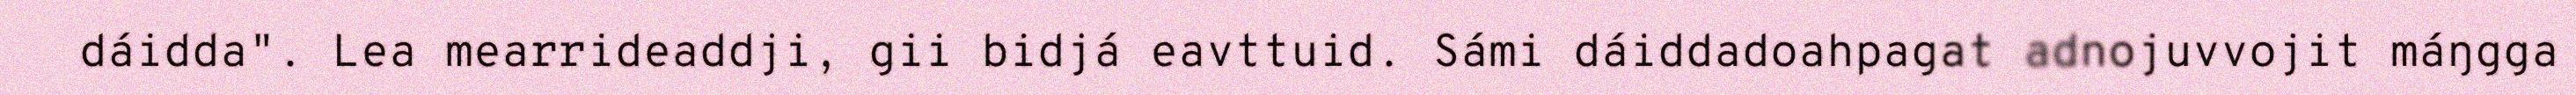
dáidda". Lea mearrideaddji, gii bidjá eavttuid. Sámi dáiddadoahpagat adnojuvvojit máŋgga